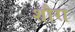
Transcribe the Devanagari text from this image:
शौरा